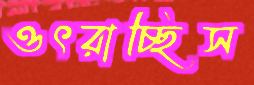
ওৎরাচ্ছিস